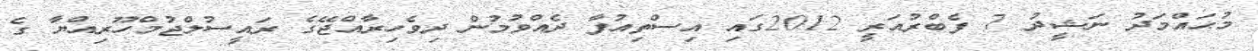
މުޙައްމަދު ނަޝީދު 7 ފެބްރުއަރީ 2012ގައި އިސްތިއުފާ ދެއްވުމުން ދިވެހިރާއްޖޭގެ ރައީސުލްޖުމްހޫރިއްޔާ ގެ